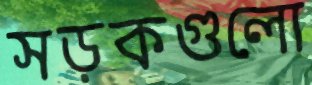
সড়কগুলো